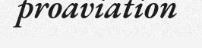
proaviation